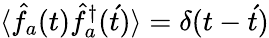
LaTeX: \langle\hat{f}_{a}(t)\hat{f}_{a}^{\dagger}(\acute{t})\rangle=\delta(t-\acute{t})